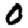
Digit: 0